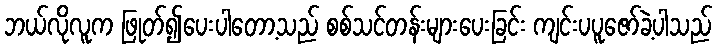
ဘယ်လိုလူက ဖြုတ်၍ပေးပါတော့သည် စစ်သင်တန်းများပေးခြင်း ကျင်းပပူဇော်ခဲ့ပါသည်